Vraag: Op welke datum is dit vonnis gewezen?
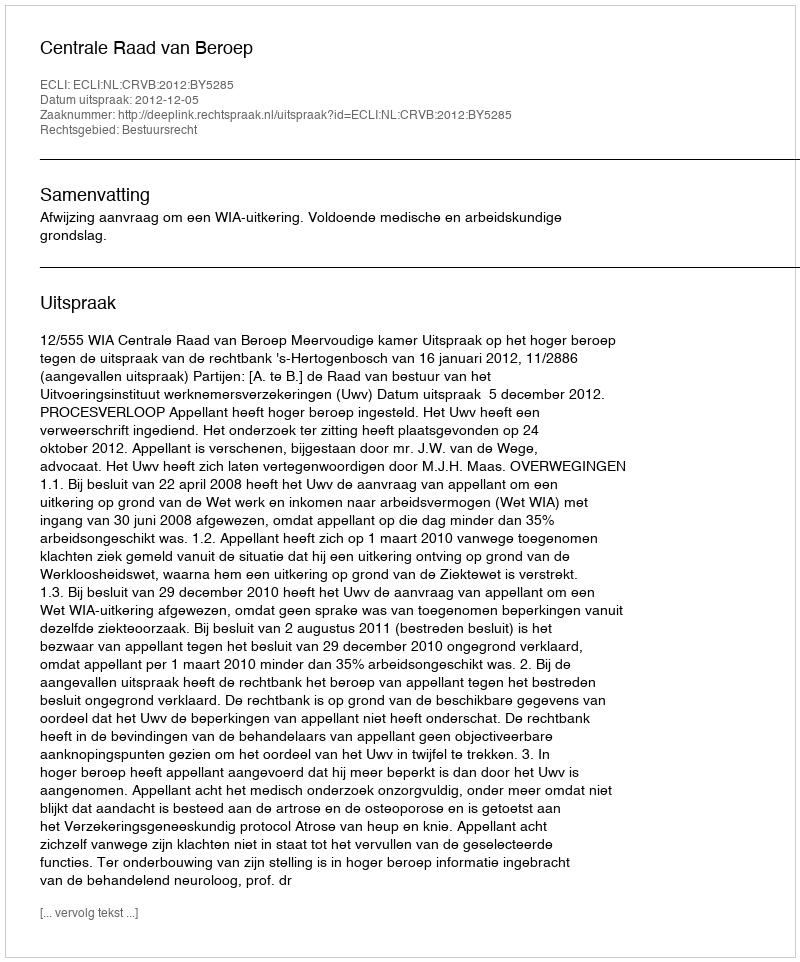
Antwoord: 2012-12-05